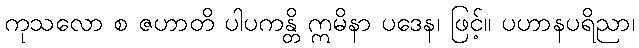
ကုသလော စ ဇဟာတိ ပါပကန္တိ ဣမိနာ ပဒေန၊ ဖြင့်။ ပဟာနပရိညာ၊